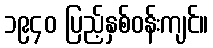
၁၉၄၀ ပြည့်နှစ်ဝန်းကျင်။